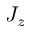
J _ { z }